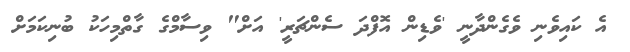
އެ ކައިވެނި ވެގެންދާނީ 'ވެޑިން އޮފްދަ ސެންޗަރީ' އަށް" ވިސާމްގެ ގާތްމިހަކު ބުނިކަމަށް